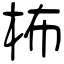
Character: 柨